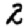
Digit: 2